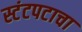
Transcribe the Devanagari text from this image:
स्टंटपटाचा